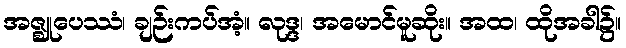
အဇ္ဈုပေဿံ၊ ချဉ်းကပ်အံ့။ လုဒ္ဒ၊ အမောင်မူဆိုး။ အထ၊ ထိုအခါ၌။